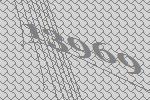
13969